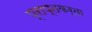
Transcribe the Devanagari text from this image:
प्राप्‍तकर्ता